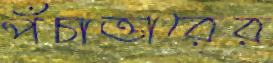
পঁচাত্তারের